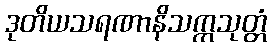
ဒုတိယသရဏာနိသက္ကသုတ္တံ